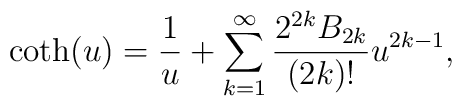
\coth(u)=\frac{1}{u}+\sum_{k=1}^{\infty}\frac{2^{2k}B_{2k}}{(2k)!}u^{2k-1},